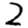
Digit: 2